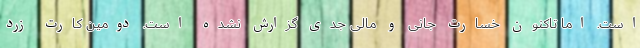
است. اما تاکنون خسارت جانی و مالی جدی گزارش نشده است. دومین کارت زرد